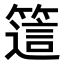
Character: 𥳅